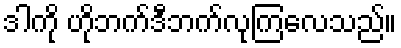
ဒါကို ဟိုဘက်ဒီဘက်လုကြလေသည်။